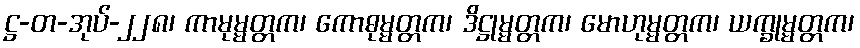
ဋ္ဌ-တ-အုပ်-၂၂၈၊ ကာမုမ္မတ္တက၊ ကောဓုမ္မတ္တက၊ ဒိဋ္ဌုမ္မတ္တက၊ မောဟုမ္မတ္တက၊ ယက္ခုမ္မတ္တက၊